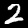
Digit: 2